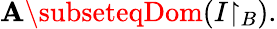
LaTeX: \mathbf{A}\subseteqDom(I{\upharpoonright_{B}}).